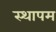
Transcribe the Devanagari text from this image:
स्थापम